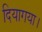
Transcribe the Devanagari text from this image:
दियागया।